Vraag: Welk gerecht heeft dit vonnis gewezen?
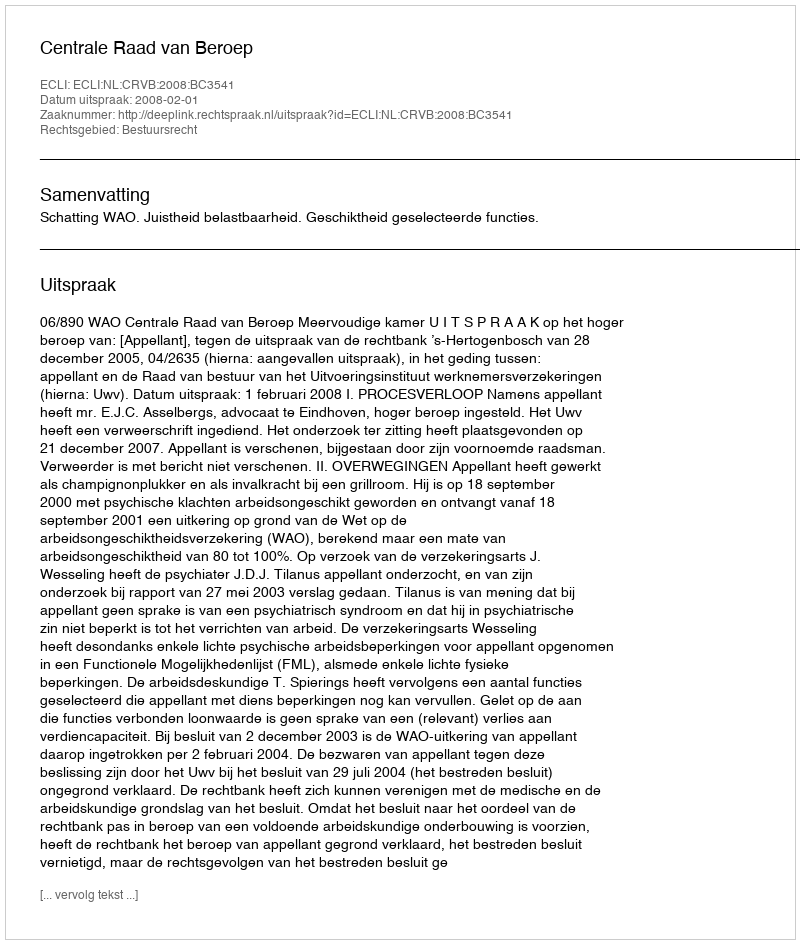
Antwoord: Centrale Raad van Beroep